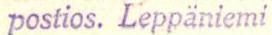
postios. Leppäniemi